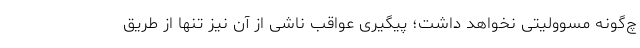
چ‌گونه مسوولیتی نخواهد داشت؛ پیگیری عواقب ناشی از آن نیز تنها از طریق